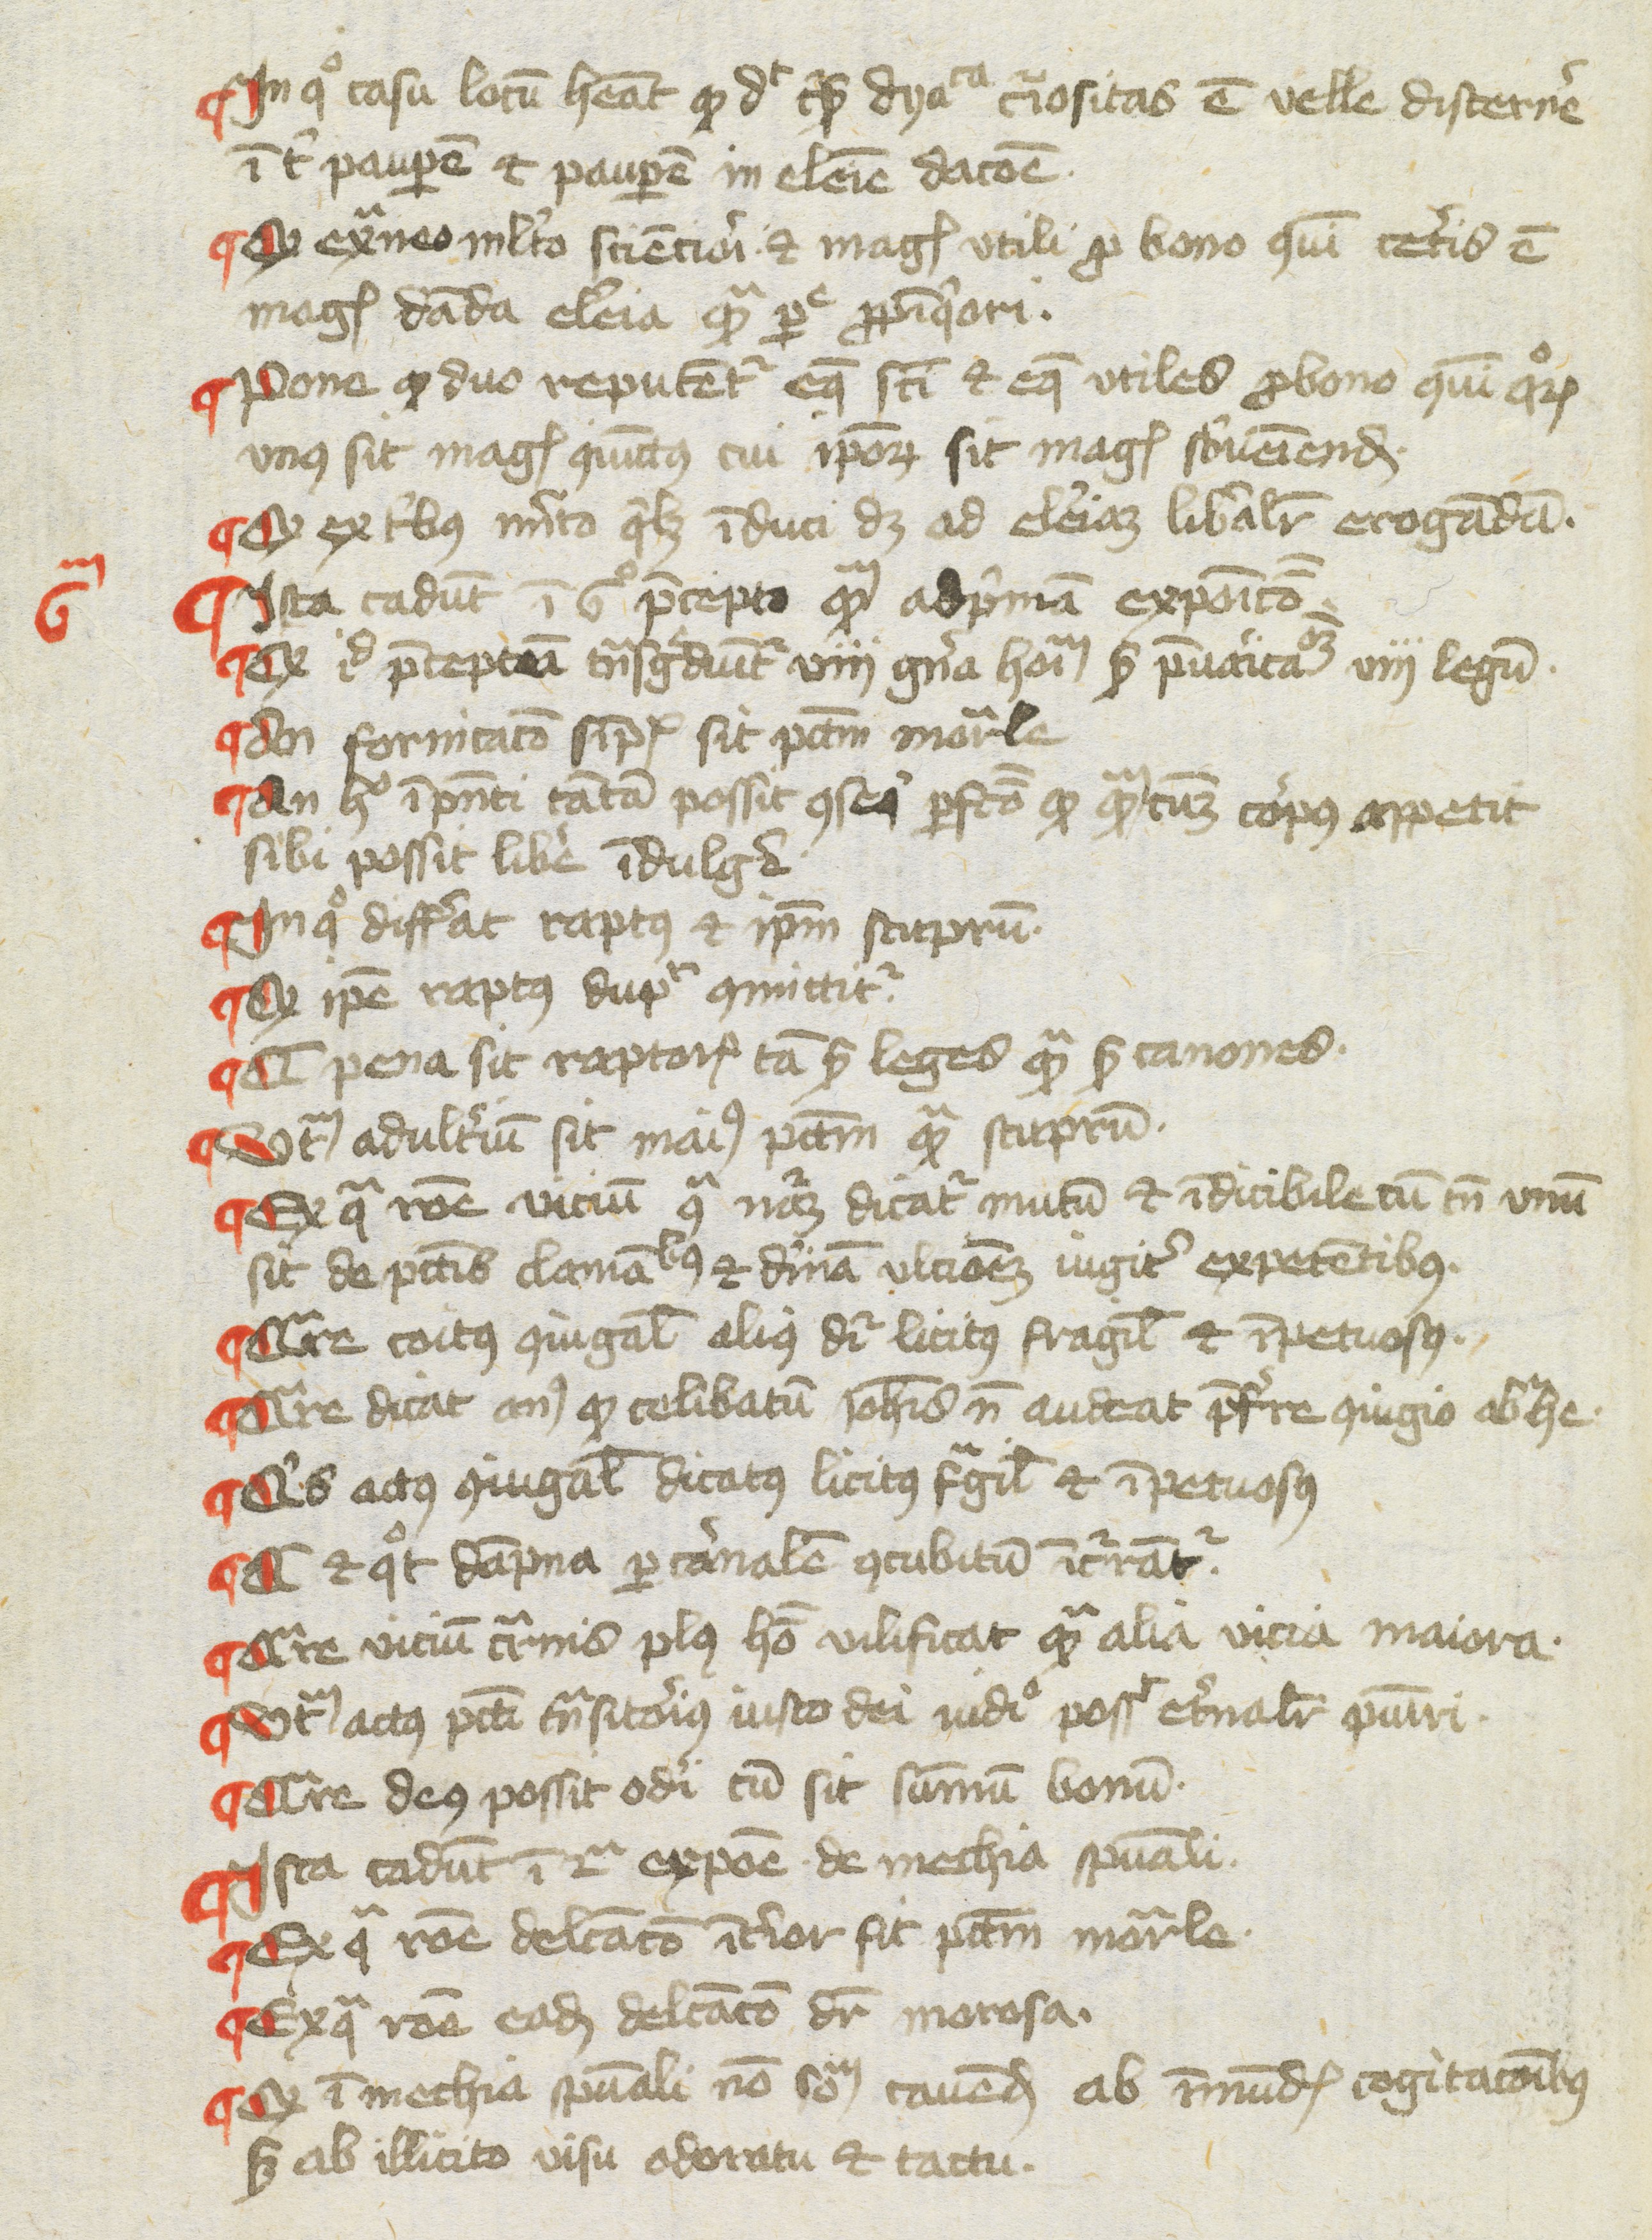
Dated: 1430–1430